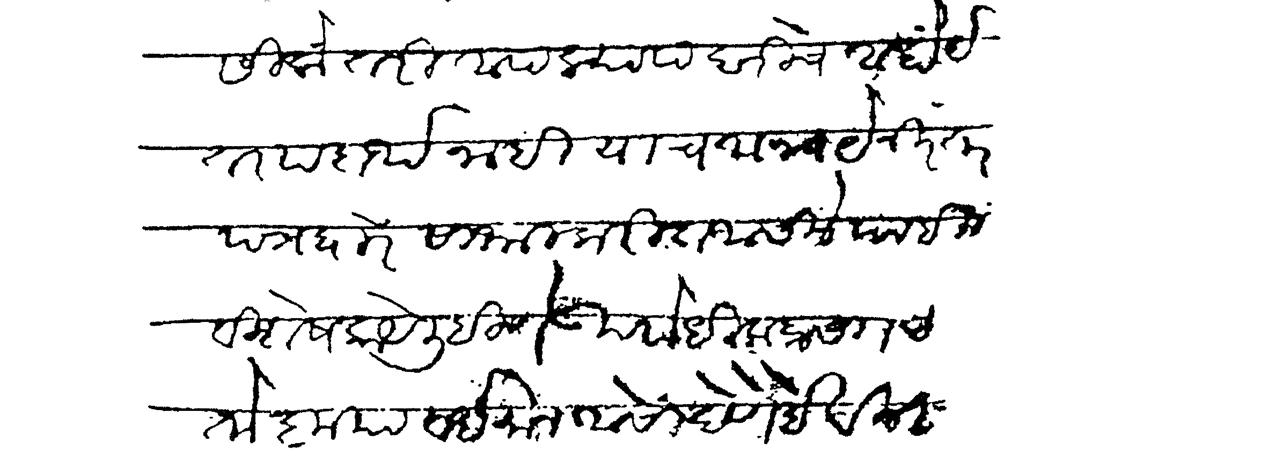
Transliteration (Devanagari): आसिलों तरी आपल्या पदरीचे आहों इतर पदार्थ नाही याच अन्वयें निरंतर पत्रद्वारे सांभाल करीत असिले पाहिजे विशेष काये लिहिणे  उपरोधिक प्रसंगहि दिसतो कृपा वर्धमान आसो देणें हे वीनंती